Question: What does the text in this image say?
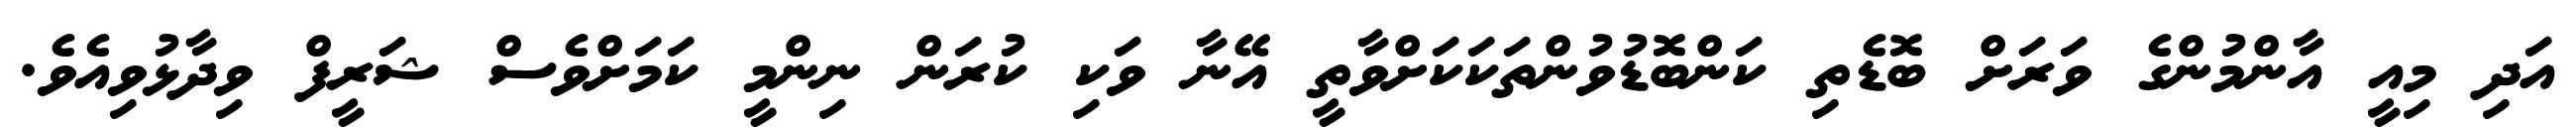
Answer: އަދި މިއީ އާންމުންގެ ވަރަށް ބޮޑެތި ކަންބޮޑުވުންތަކަކަށްވާތީ އޭނާ ވަކި ކުރަން ނިންމީ ކަމަށްވެސް ޝަރީފް ވިދާޅުވިއެވެ.